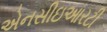
એનસીઇઆરટી